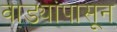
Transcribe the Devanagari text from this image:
वाड्यांपासून